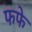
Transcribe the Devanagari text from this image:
फफे